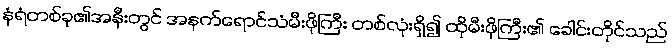
နံရံတစ်ခု၏အနီးတွင် အနက်ရောင်သံမီးဖိုကြီး တစ်လုံးရှိ၍ ထိုမီးဖိုကြီး၏ ခေါင်းတိုင်သည်